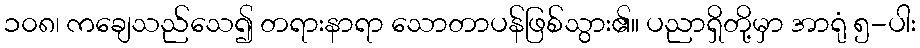
၁၀၈၊ ကချေသည်သေ၍ တရားနာရာ သောတာပန်ဖြစ်သွား၏။ ပညာရှိတို့မှာ အာရုံ ၅-ပါး